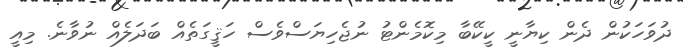
ދުވަހަކުން ދެން ކިޔާނީ ކީކޭބާ މިކޮމެންޓު ނުޖެހިޔަސްވެސް ހަޤީގަތެއް ބަދަލެއް ނުވާނެ. މިއީ